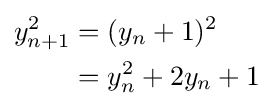
{\begin{aligned}y_{n+1}^{2}&=(y_{n}+1)^{2}\\&=y_{n}^{2}+2y_{n}+1\end{aligned}}